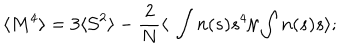
LaTeX: \langle M ^ { 4 } \rangle = 3 \langle { \cal { S } } ^ { 2 } \rangle - { \frac { 2 } { N } } \langle \ \int n ( s ) s ^ { 4 } / \int n ( s ) s \rangle ;